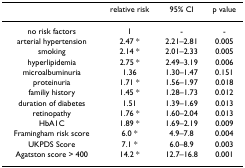
<table><thead><tr><td></td><td><b>relative risk</b></td><td><b>95% CI</b></td><td><b>p value</b></td></tr></thead><tbody><tr><td>no risk factors</td><td>1</td><td>-</td><td>-</td></tr><tr><td>arterial hypertension</td><td>2.47 *</td><td>2.21–2.81</td><td>0.005</td></tr><tr><td>smoking</td><td>2.14 *</td><td>2.01–2.33</td><td>0.005</td></tr><tr><td>hyperlipidemia</td><td>2.75 *</td><td>2.49–3.19</td><td>0.006</td></tr><tr><td>microalbuminuria</td><td>1.36</td><td>1.30–1.47</td><td>0.151</td></tr><tr><td>proteinuria</td><td>1.71 *</td><td>1.56–1.97</td><td>0.018</td></tr><tr><td>familiy history</td><td>1.45 *</td><td>1.28–1.73</td><td>0.012</td></tr><tr><td>duration of diabetes</td><td>1.51</td><td>1.39–1.69</td><td>0.013</td></tr><tr><td>retinopathy</td><td>1.76 *</td><td>1.60–2.04</td><td>0.013</td></tr><tr><td>HbA1C</td><td>1.89 *</td><td>1.69–2.19</td><td>0.009</td></tr><tr><td>Framingham risk score</td><td>6.0 *</td><td>4.9–7.8</td><td>0.004</td></tr><tr><td>UKPDS Score</td><td>7.1 *</td><td>6.0–8.9</td><td>0.003</td></tr><tr><td>Agatston score &gt; 400</td><td>14.2 *</td><td>12.7–16.8</td><td>0.001</td></tr></tbody></table>